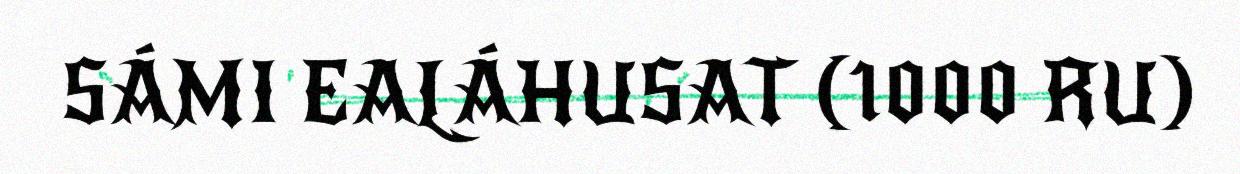
SÁMI EALÁHUSAT (1000 RU)